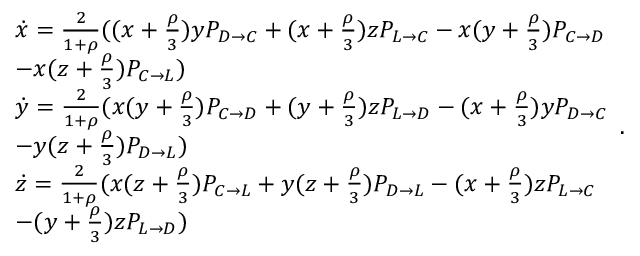
\begin{array} { l } { \dot { x } = \frac { 2 } { 1 + \rho } ( ( x + \frac { \rho } { 3 } ) y P _ { D \to C } + ( x + \frac { \rho } { 3 } ) z P _ { L \to C } - x ( y + \frac { \rho } { 3 } ) P _ { C \to D } } \\ { - x ( z + \frac { \rho } { 3 } ) P _ { C \to L } ) } \\ { \dot { y } = \frac { 2 } { 1 + \rho } ( x ( y + \frac { \rho } { 3 } ) P _ { C \to D } + ( y + \frac { \rho } { 3 } ) z P _ { L \to D } - ( x + \frac { \rho } { 3 } ) y P _ { D \to C } } \\ { - y ( z + \frac { \rho } { 3 } ) P _ { D \to L } ) } \\ { \dot { z } = \frac { 2 } { 1 + \rho } ( x ( z + \frac { \rho } { 3 } ) P _ { C \to L } + y ( z + \frac { \rho } { 3 } ) P _ { D \to L } - ( x + \frac { \rho } { 3 } ) z P _ { L \to C } } \\ { - ( y + \frac { \rho } { 3 } ) z P _ { L \to D } ) } \end{array} .